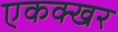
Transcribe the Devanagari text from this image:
एकक्खर